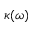
\kappa ( \omega )